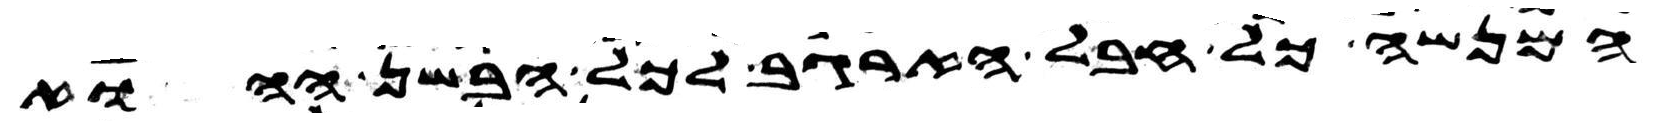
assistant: המנשה כל חבל הארגב לכל הבשן ההוא